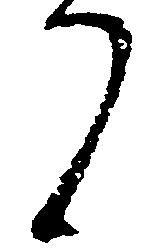
了